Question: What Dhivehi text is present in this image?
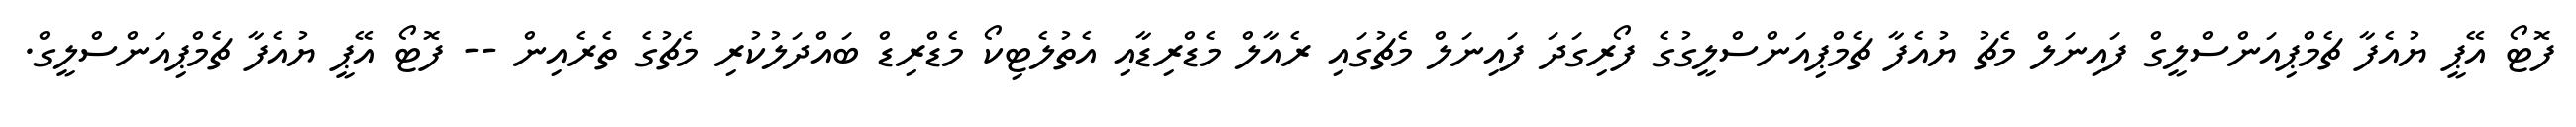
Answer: ފޮޓޯ އޭޕީ ޔުއެފާ ޗެމްޕިއަންސްލީގް ފައިނަލް މެޗު ޔުއެފާ ޗެމްޕިއަންސްލީގުގެ ފޯރިގަދަ ފައިނަލް މެޗުގައި ރެއާލް މެޑްރިޑާއި އެތުލެޓިކޯ މެޑްރިޑް ބައްދަލުކުރި މެޗުގެ ތެރެއިން -- ފޮޓޯ އޭޕީ ޔުއެފާ ޗެމްޕިއަންސްލީގް.